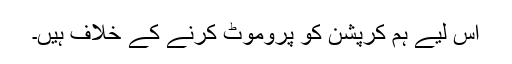
اس لیے ہم کرپشن کو پروموٹ کرنے کے خلاف ہیں۔